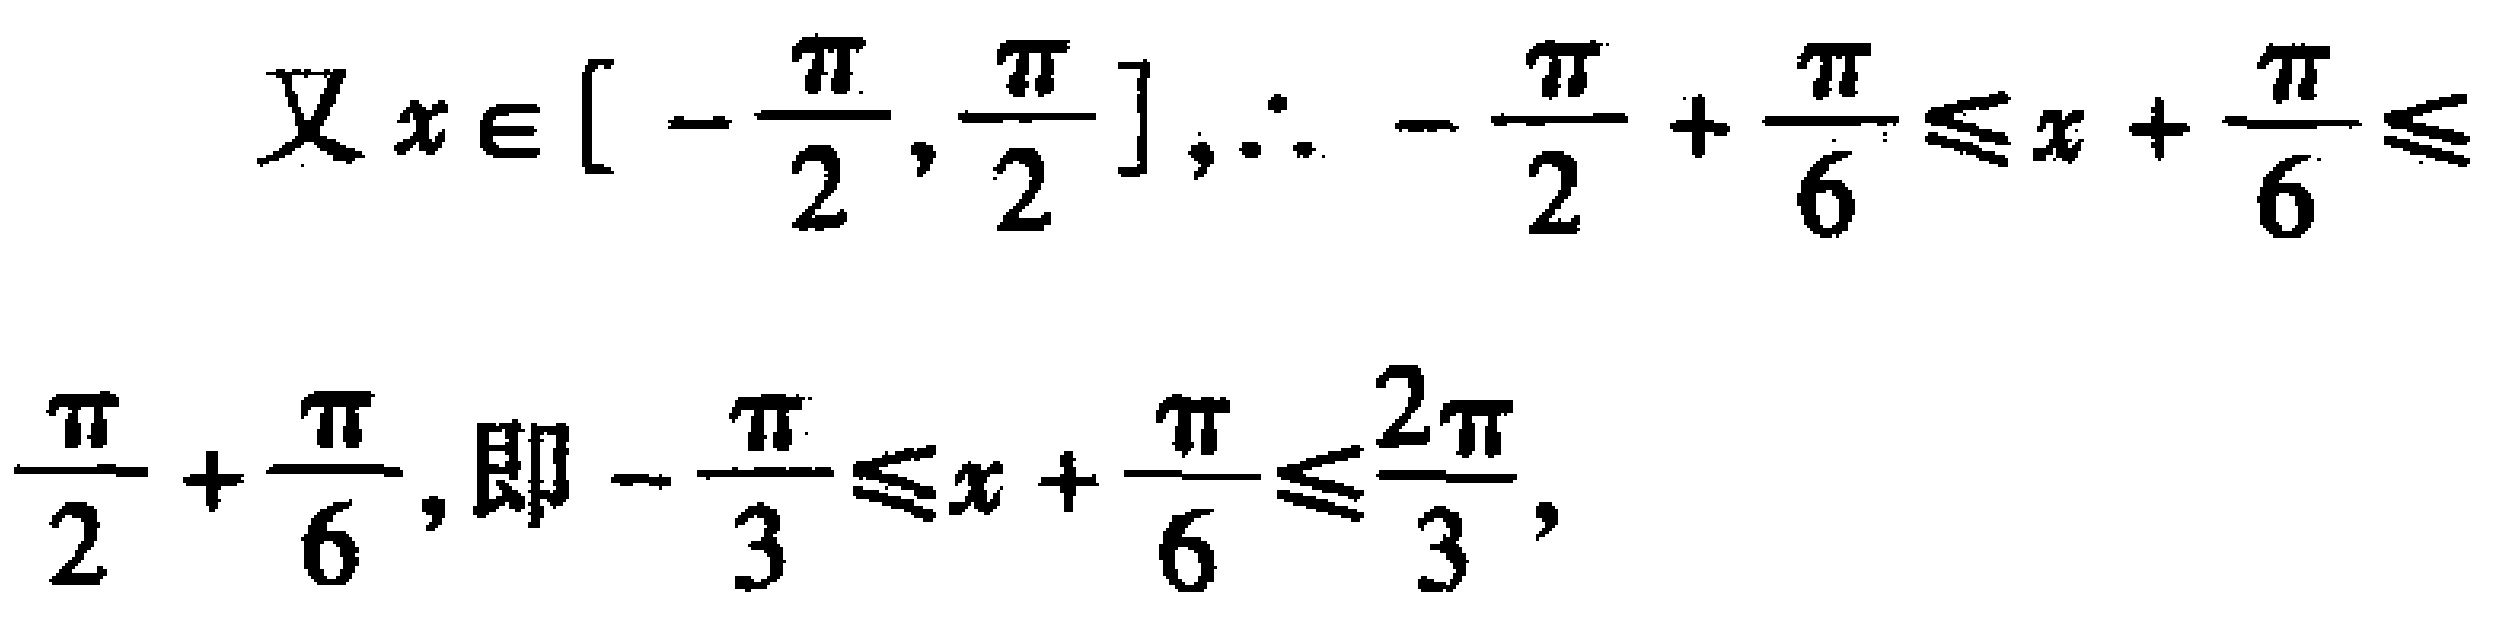
\[
\begin{align*}
\text{又}x\in\left[-\frac{\pi}{2},\frac{\pi}{2}\right],\therefore-\frac{\pi}{2}+\frac{\pi}{6}&\leq x + \frac{\pi}{6}\leq\frac{\pi}{2}+\frac{\pi}{6},\\
\text{即}-\frac{\pi}{3}&\leq x + \frac{\pi}{6}\leq\frac{2\pi}{3},
\end{align*}
\]